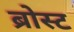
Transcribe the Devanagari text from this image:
ब्रोस्ट